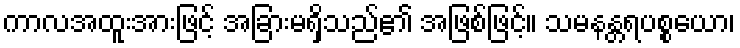
ကာလအထူးအားဖြင့် အခြားမရှိသည်၏ အဖြစ်ဖြင့်။ သမနန္တရပစ္စယော၊